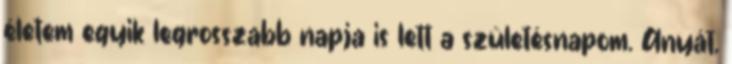
életem egyik legrosszabb napja is lett a születésnapom. Anyát,